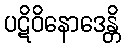
ပဋိဝိနောဒေန္တိ